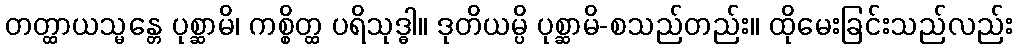
တတ္ထာယသ္မန္တေ ပုစ္ဆာမိ၊ ကစ္စိတ္ထ ပရိသုဒ္ဓါ။ ဒုတိယမ္ပိ ပုစ္ဆာမိ-စသည်တည်း။ ထိုမေးခြင်းသည်လည်း